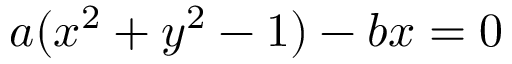
a ( x ^ { 2 } + y ^ { 2 } - 1 ) - b x = 0